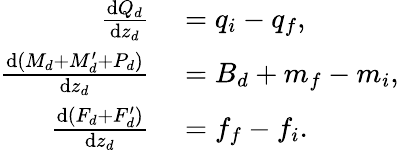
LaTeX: \begin{array}{rl}{\frac{\textnormal{d}Q_{d}}{\textnormal{d}z_{d}}}&{{}=q_{i}-q_{f},}\\ {\frac{\textnormal{d}(M_{d}+M_{d}^{\prime}+P_{d})}{\textnormal{d}z_{d}}}&{{}=B_{d}+m_{f}-m_{i},}\\ {\frac{\textnormal{d}(F_{d}+F_{d}^{\prime})}{\textnormal{d}z_{d}}}&{{}=f_{f}-f_{i}.}\end{array}